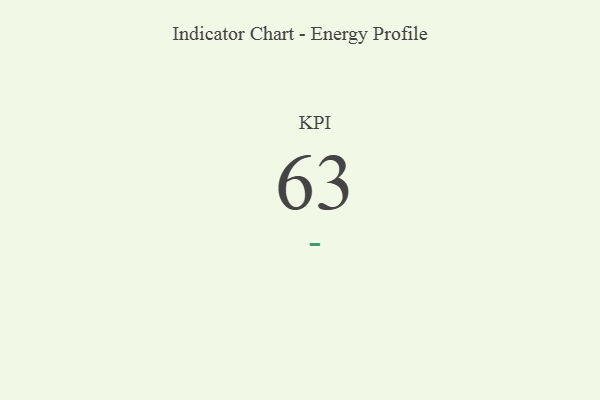
{"axis": {"x": "KPI", "y": "Value"}, "legend": [""], "data": [{"x": "KPI", "y": 63, "type": ""}]}